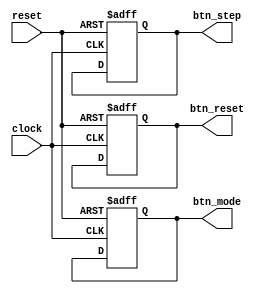
module Controle(
    input wire clock,
    input wire reset, 
    output reg btn_reset, // Boto de reset
    output reg btn_mode,  // Boto de alterao de modo
    output reg btn_step   // Boto de passo-a-passo
);

    initial begin
        btn_reset = 0;
        btn_mode = 0;
        btn_step = 0;
    end

    always @(posedge clock or posedge reset) begin
        if (reset) begin
            // Resetar os botes
            btn_reset <= 0;
            btn_mode <= 0;
            btn_step <= 0;
        end else begin
            // Lgica do controle
            // A principio pode ser substituido por outra lgica
            // Implementao da interface com gamepad
        end
    end
endmodule